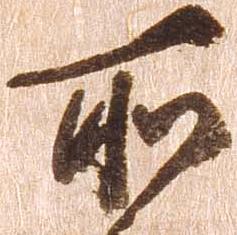
所